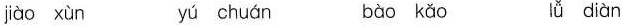
jiào xùn yú chuán bào kǎo lǚ diàn